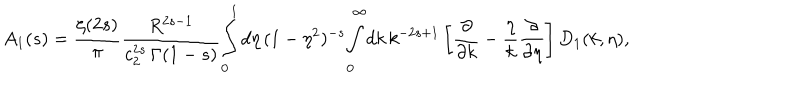
A _ { 1 } ( s ) = \frac { \zeta ( 2 s ) } { \pi } \frac { R ^ { 2 s - 1 } } { c _ { 2 } ^ { 2 s } \, \Gamma ( 1 - s ) } \! \int _ { 0 } ^ { 1 } d \eta \, ( 1 - \eta ^ { 2 } ) ^ { - s } \! \int _ { 0 } ^ { \infty } \! d k \, k ^ { - 2 s + 1 } \left[ \frac { \partial } { \partial k } - \frac { \eta } { k } \frac { \partial } { \partial \eta } \right] D _ { 1 } ( k , \eta ) ,